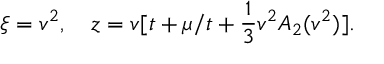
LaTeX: \xi = v ^ { 2 } , \quad z = v [ t + \mu / t + \frac { 1 } { 3 } v ^ { 2 } A _ { 2 } ( v ^ { 2 } ) ] .